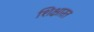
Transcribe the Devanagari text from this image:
शिक्षारत